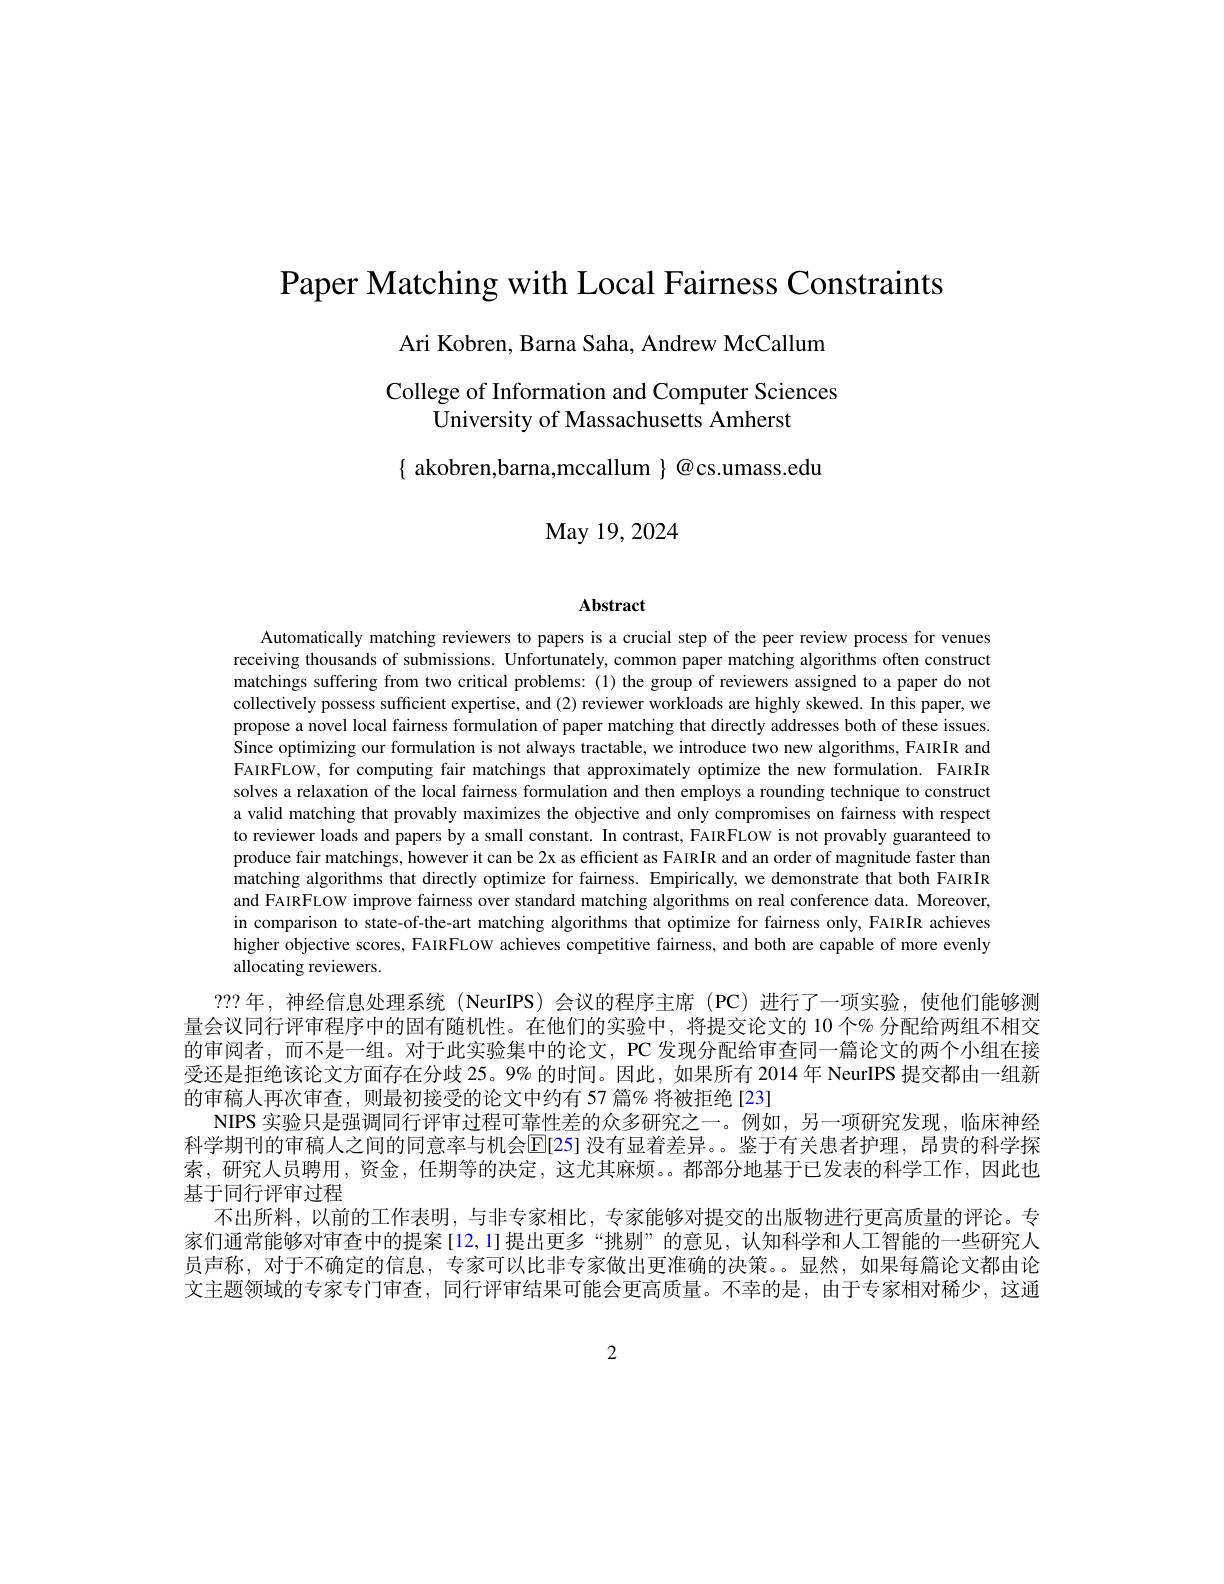
Paper Matching with Local Fairness Constraints

Ari Kobren, Barna Saha, Andrew McCallum

College of Information and Computer Sciences
University of Massachusetts Amherst

$\{$ akobren,barna,mccallum $\}@$cs.umass.edu

May 19, 2024

Abstract

Automatically matching reviewers to papers is a crucial step of the peer review process for venues receiving thousands of submissions. Unfortunately, common paper matching algorithms often construct matchings suffering from two critical problems: (1) the group of reviewers assigned to a paper do not collectively possess sufficient expertise, and (2) reviewer workloads are highly skewed. In this paper, we propose a novel local fairness formulation of paper matching that directly addresses both of these issues. Since optimizing our formulation is not always tractable, we introduce two new algorithms, FAIRIR and FAIRFLOW, for computing fair matchings that approximately optimize the new formulation. FAIRIR solves a relaxation of the local fairness formulation and then employs a rounding technique to construct a valid matching that provably maximizes the objective and only compromises on fairness with respect to reviewer loads and papers by a small constant. In contrast, FAIRFLOW is not provably guaranteed to produce fair matchings, however it can be 2x as efficient as FAIRIR and an order of magnitude faster than matching algorithms that directly optimize for fairness. Empirically, we demonstrate that both FAIRIR and FAIRFLOW improve fairness over standard matching algorithms on real conference data. Moreover, in comparison to state-of-the-art matching algorithms that optimize for fairness only, FAIRIR achieves higher objective scores, FAIRFLOW achieves competitive fairness, and both are capable of more evenly allocating reviewers.

???年，神经信息处理系统 (NeurIPS)会议的程序主席 (PC)进行了一项实验，使他们能够测量会议同行评审程序中的固有随机性。在他们的实验中，将提交论文的 10 个% 分配给两组不相交的审阅者，而不是一组。对于此实验集中的论文，PC 发现分配给审查同一篇论文的两个小组在接受还是拒绝该论文方面存在分歧 25。9% 的时间。因此，如果所有 2014 年 NeurIPS 提交都由一组新的审稿人冉次审查，则最初接受的论文中约有 57 篇% 将被拒绝[23]
NIPS 实验只是强调同行评审过程可靠性差的众多研究之一。例如，另一项研究发现，临床神经科学期刊的审稿人之间的同意率与机会[E[25] 没有显着差异。。鉴于有关患者护理，昂贵的科学探索，研究人员聘用，资金，任期等的决定，这尤其麻烦。都部分地基于已发表的科学工作，因此也基于同行评审过程
不出所料，以前的工作表明，与非专家相比，专家能够对提交的出版物进行更高质量的评论。专家们通常能够对审查中的提案[12,1]提出更多“挑剔”的意见，认知科学和人工智能的一些研究人员声称，对于不确定的信息，专家可以比非专家做出更准确的决策。。显然，如果每篇论文都由论文主题领域的专家专门审查，同行评审结果可能会更高质量。不幸的是，由于专家相对稀少，这通

2